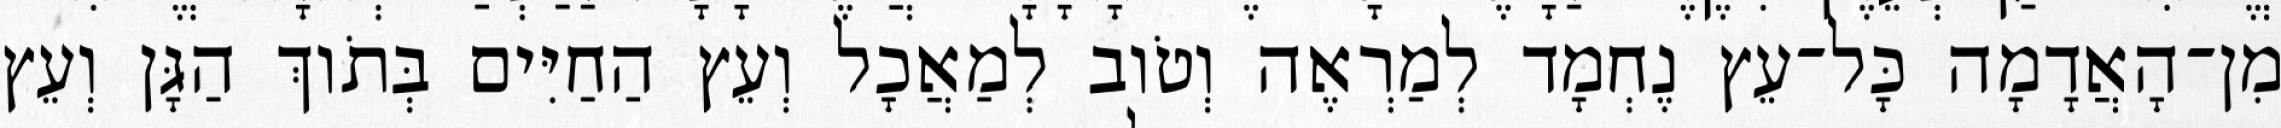
מִן־הָאֲדָמָה כָּל־עֵץ נֶחְמָד לְמַרְאֶה וְטֹוב לְמַאֲכָל וְעֵץ הַחַיִּים בְּתֹוךְ הַגָּן וְעֵץ